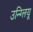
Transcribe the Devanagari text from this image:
उन्ग्लियू